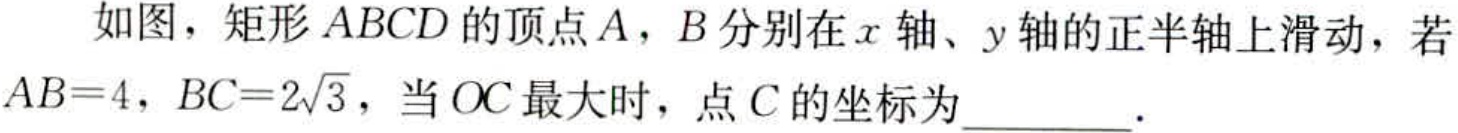
如图，矩形\(ABCD\)的顶点\(A\)，\(B\)分别在\(x\)轴、\(y\)轴的正半轴上滑动，若\(AB = 4\)，\(BC = 2\sqrt{3}\)，当\(OC\)最大时，点\(C\)的坐标为  ．